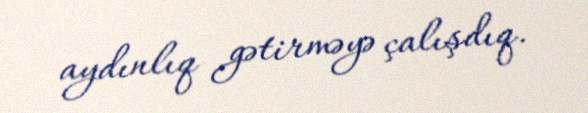
aydınlıq gətirməyə çalışdıq.